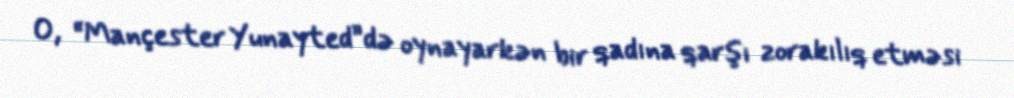
O, “Mançester Yunayted”də oynayarkən bir qadına qarşı zorakılıq etməsi